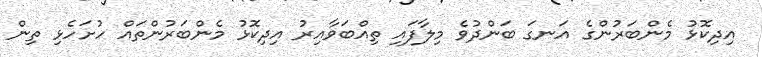
އިދިކޮޅު މެންބަރުންގެ އަނގަ ބަންދުވެ މިލާފައި ތިއްބަވާއިރު އިދިކޮޅު މެންބަރުންތައް ހުށަހެޅި ތިން